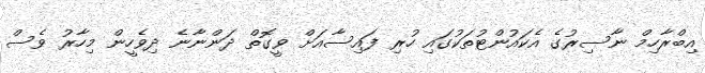
އިބްރާހިމް ނާސިރުގެ އެކައުންޓުތަކުގައި ހުރި ފައިސާއަށް ވީގޮތް ދަންނާނެ ދިވެހީން މިހާރު ވެސް